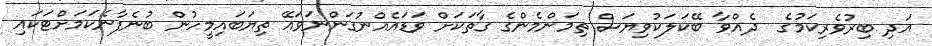
އަދި ބިރުވެރިކަމުގެ  ދެއްވާ ބޭކަލަކުވިޔަސް ތިމަންމެންގެ ގާތަކަށް ވަޑައެއްނުގަންނަވައޭ ތިޔަބައިމީހުން ބުނެފާނެކަމަށްޓަކައި